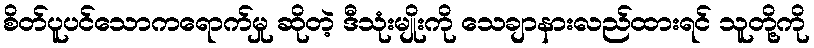
စိတ်ပူပင်သောကရောက်မှု ဆိုတဲ့ ဒီသုံးမျိုးကို သေချာနားလည်ထားရင် သူတို့ကို